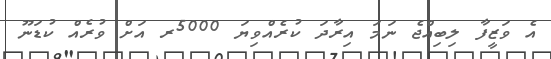
އެ ވަޒީފާ ލިބިއްޖެ ނަމަ އިރާދަ ކުރެއްވިޔަ 5000ރ އަށް ވުރެއް ކުޑަނޫ